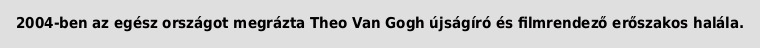
2004-ben az egész országot megrázta Theo Van Gogh újságíró és filmrendező erőszakos halála.